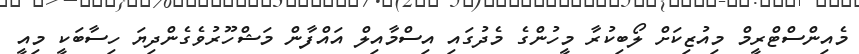
މެއިންސްޓްރީމް މިއުޒިކަށް ލޯބިކުރާ މީހުންގެ މެދުގައި އިސްމާއިލް އައްފާން މަޝްހޫރުވެގެންދިޔަ ހިސާބަކީ މިއީ